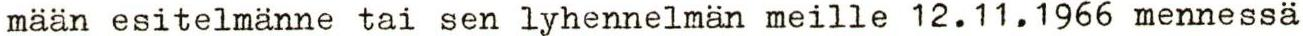
mään esitelmänne tai sen lyhennelmän meille 12.11.1966 mennessä